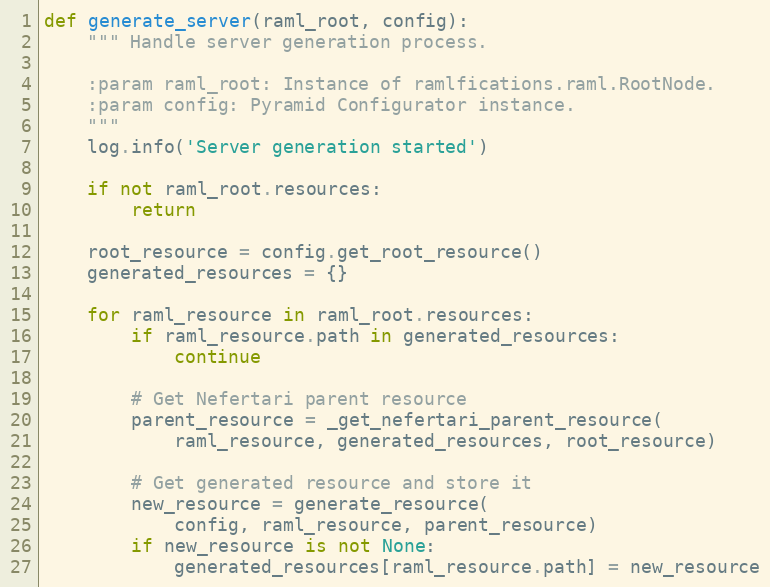
Language: Python
def generate_server(raml_root, config):
    """ Handle server generation process.

    :param raml_root: Instance of ramlfications.raml.RootNode.
    :param config: Pyramid Configurator instance.
    """
    log.info('Server generation started')

    if not raml_root.resources:
        return

    root_resource = config.get_root_resource()
    generated_resources = {}

    for raml_resource in raml_root.resources:
        if raml_resource.path in generated_resources:
            continue

        # Get Nefertari parent resource
        parent_resource = _get_nefertari_parent_resource(
            raml_resource, generated_resources, root_resource)

        # Get generated resource and store it
        new_resource = generate_resource(
            config, raml_resource, parent_resource)
        if new_resource is not None:
            generated_resources[raml_resource.path] = new_resource